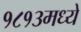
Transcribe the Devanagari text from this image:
१८१३मध्ये